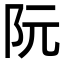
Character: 阮